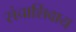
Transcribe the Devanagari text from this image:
संचाशिवाय